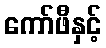
ကော်ဖီနှင့်